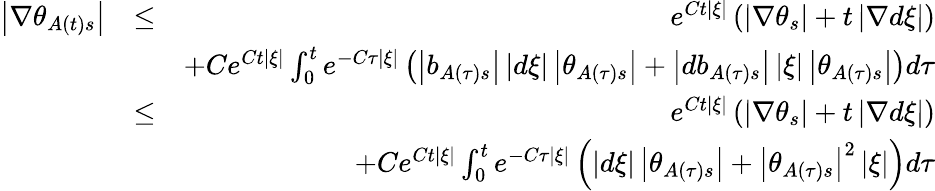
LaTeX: \begin{array}{rlr}{\left\vert\nabla\theta_{A\left(t\right)s}\right\vert}&{\leq}&{e^{Ct\left\vert\xi\right\vert}\left(\left\vert\nabla\theta_{s}\right\vert+t\left\vert\nabla d\xi\right\vert\right)}\\ &{}&{+Ce^{Ct\left\vert\xi\right\vert}\int_{0}^{t}e^{-C\tau\left\vert\xi\right\vert}\left(\left\vert b_{A\left(\tau\right)s}\right\vert\left\vert d\xi\right\vert\left\vert\theta_{A\left(\tau\right)s}\right\vert+\left\vert db_{A\left(\tau\right)s}\right\vert\left\vert\xi\right\vert\left\vert\theta_{A\left(\tau\right)s}\right\vert\right)d\tau}\\ &{\leq}&{e^{Ct\left\vert\xi\right\vert}\left(\left\vert\nabla\theta_{s}\right\vert+t\left\vert\nabla d\xi\right\vert\right)}\\ &{}&{+Ce^{Ct\left\vert\xi\right\vert}\int_{0}^{t}e^{-C\tau\left\vert\xi\right\vert}\left(\left\vert d\xi\right\vert\left\vert\theta_{A\left(\tau\right)s}\right\vert+\left\vert\theta_{A\left(\tau\right)s}\right\vert^{2}\left\vert\xi\right\vert\right)d\tau}\end{array}